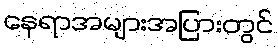
နေရာအများအပြားတွင်